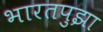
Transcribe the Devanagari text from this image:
भारतपुझा